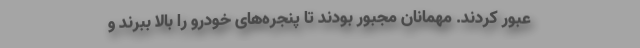
عبور کردند. مهمانان مجبور بودند تا پنجره‌های خودرو را بالا ببرند و